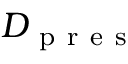
D _ { \mathrm { ~ p ~ r ~ e ~ s ~ } }